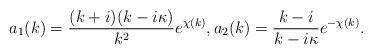
LaTeX: \begin{align*} a_1(k)=\frac{(k+i)(k-i\kappa)}{k^2}e^{\chi(k)}, a_2(k)=\frac{k-i}{k-i\kappa}e^{-\chi(k)}.\end{align*}